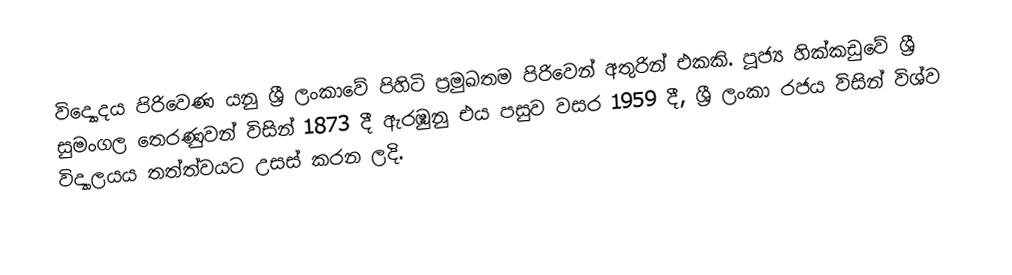
විද්‍යොදය පිරිවෙණ යනු ශ්‍රී ලංකාවේ පිහිටි ප්‍රමුඛතම පිරිවෙන් අතුරින් එකකි. පූජ්‍ය හික්කඩුවේ ශ්‍රී සුමංගල තෙරණුවන් විසින් 1873 දී ඇරඹුනු එය පසුව වසර 1959 දී, ශ්‍රී ලංකා රජය විසින් විශ්ව විද්‍යාලයය තත්ත්වයට උසස් කරන ලදි.